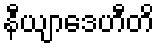
နီယျာဒေဟီတိ